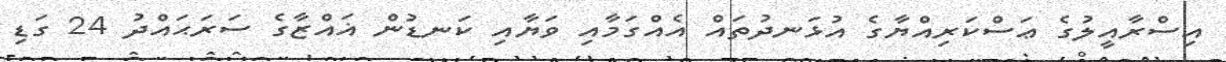
އިސްރާއީލުގެ ޢަސްކަރިއްޔާގެ އުޅަނދުތައް އެއްގަމާއި ވަޔާއި ކަނޑުން ޣައްޒާގެ ސަރަޙައްދު 24 ގަޑި